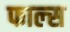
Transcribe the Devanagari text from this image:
फाल्‍स